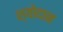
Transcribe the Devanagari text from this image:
श्योदान